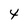
Character: 4